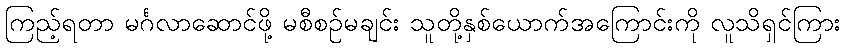
ကြည့်ရတာ မင်္ဂလာဆောင်ဖို့ မစီစဉ်မချင်း သူတို့နှစ်ယောက်အကြောင်းကို လူသိရှင်ကြား